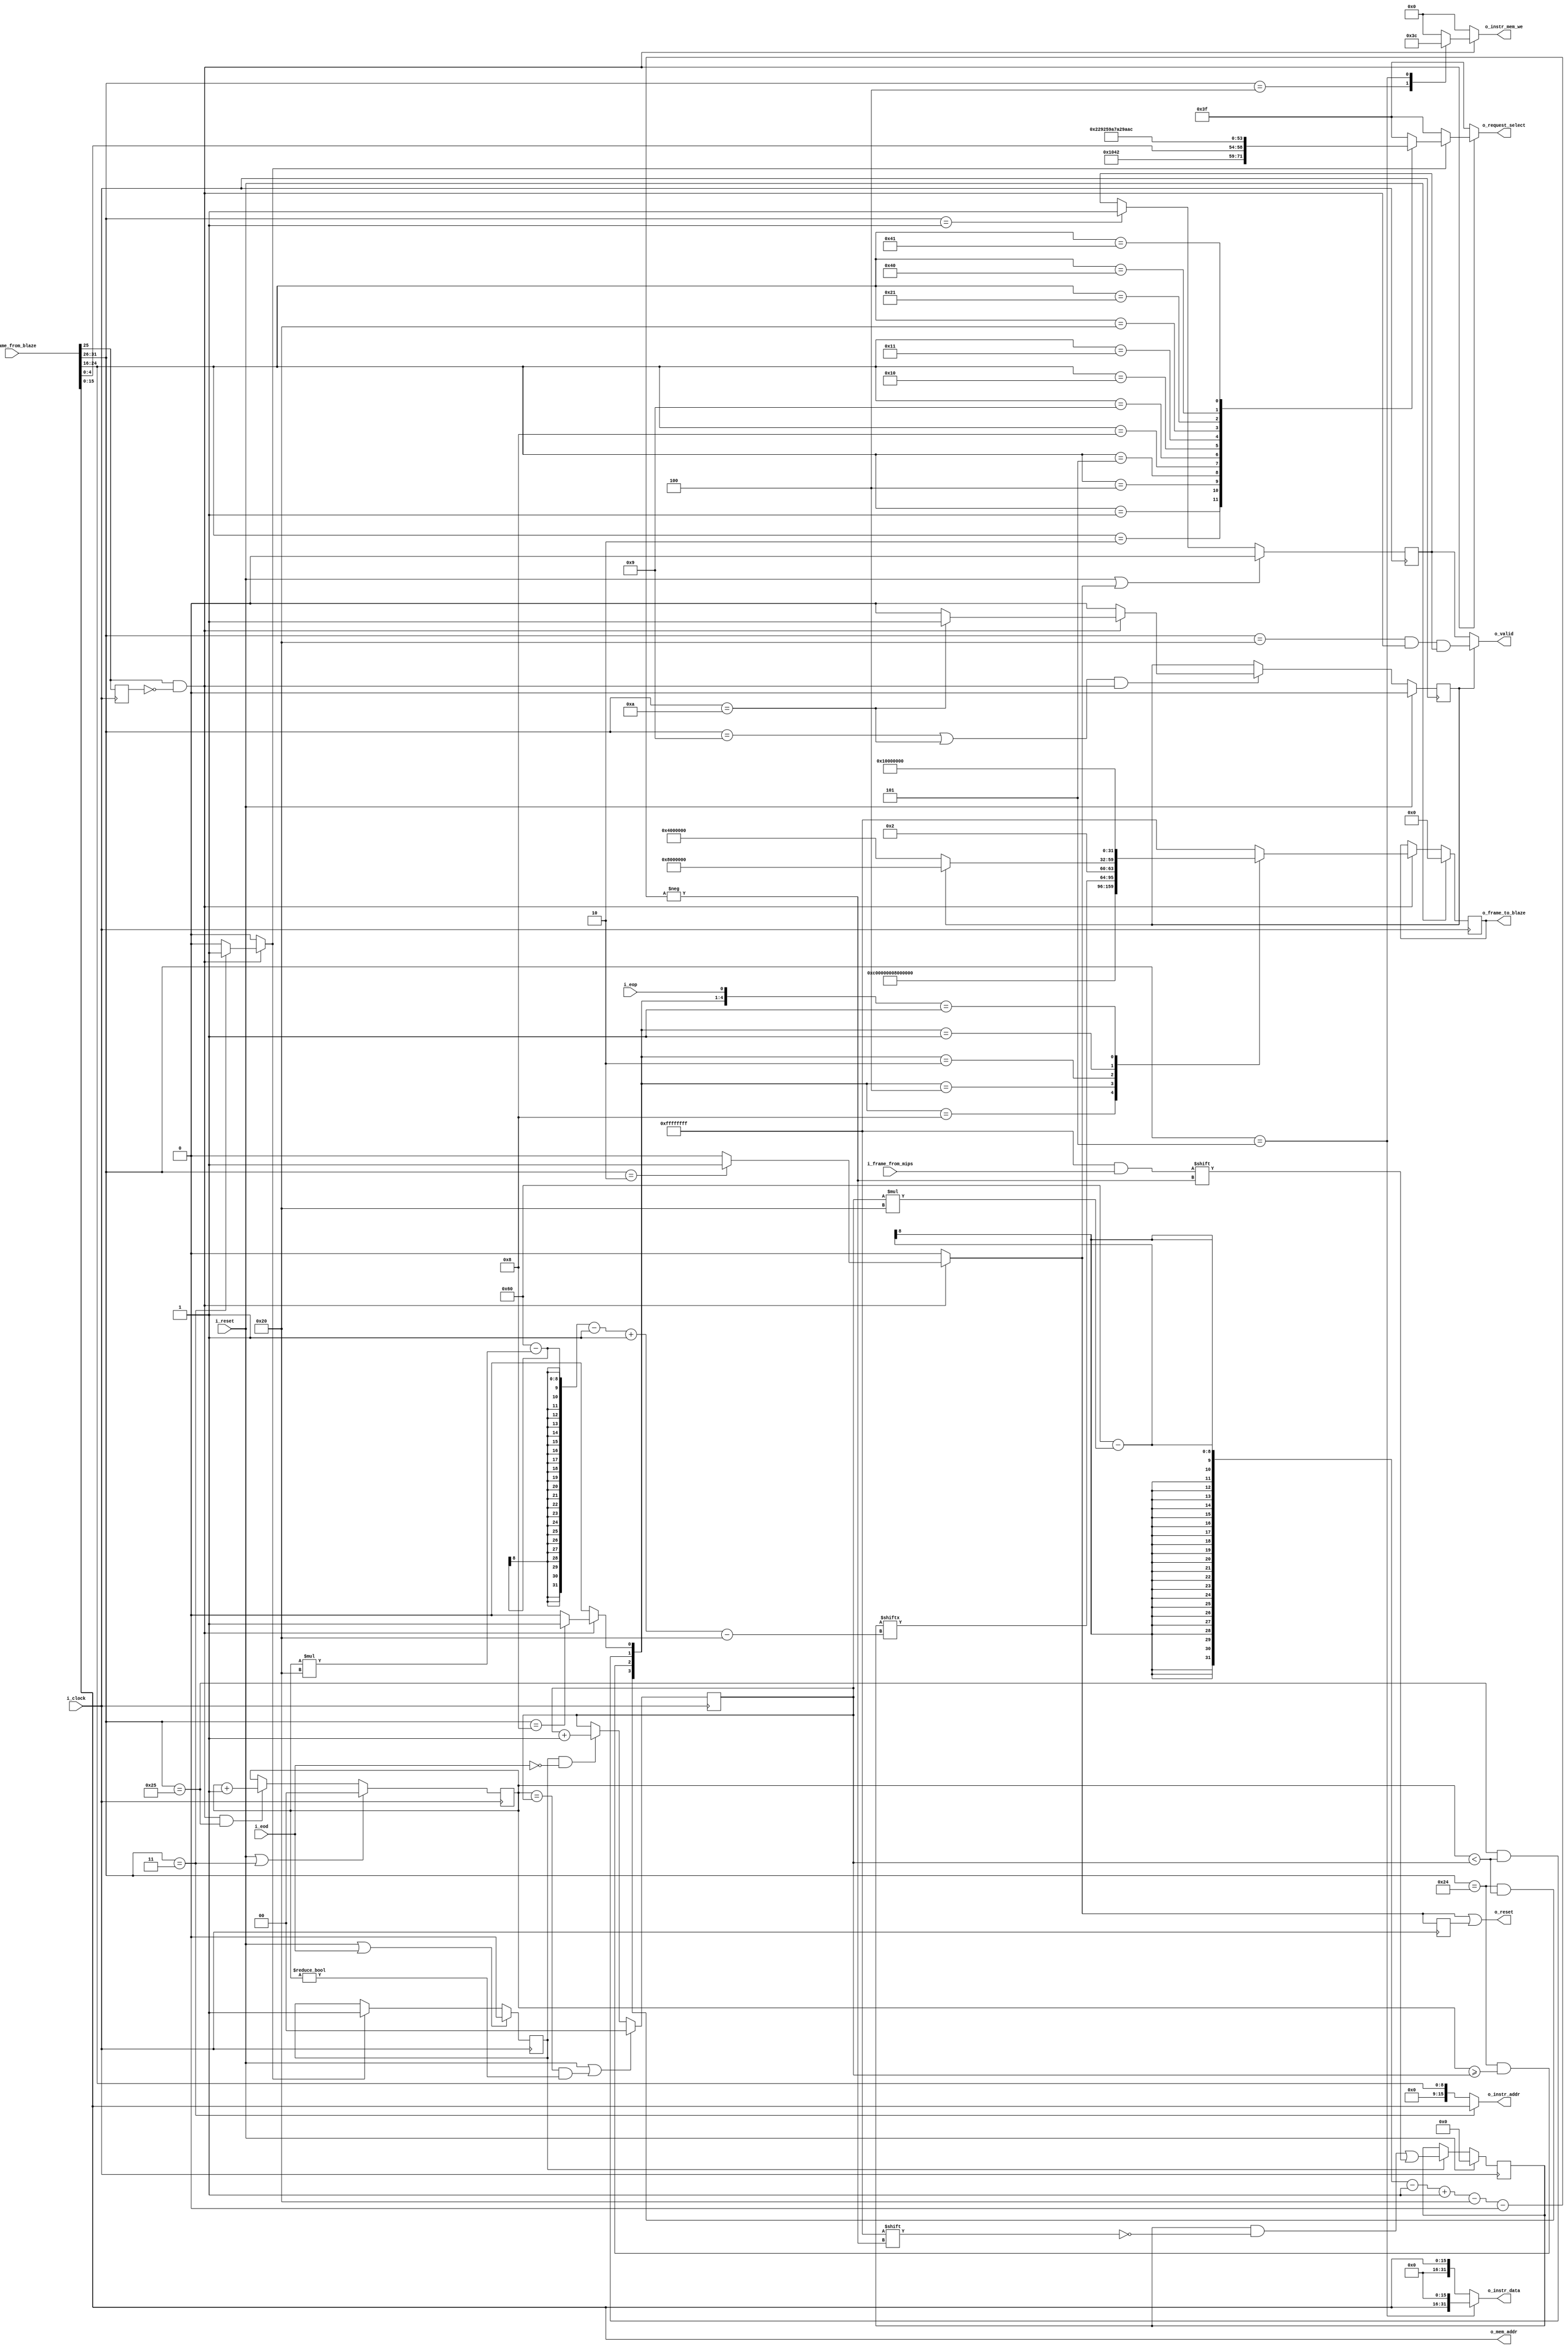
/* Con el request de tiras de latches, viaja una se??al de control a los escritores de cada bloque
Las tiras son de tama??o fijo igual al tama??o de la mayor tira, cuando termina se manda un EoD
 */



module microblaze_mips_interface
  #(
    parameter NB_CONTROL_FRAME = 32,
    parameter NB_REG = 32,
    parameter NB_ADDR_DATA = 16,
    parameter NB_INSTR_ADDR = 9,
    parameter NB_BUFFER = 96
    )
   (
    output reg [NB_CONTROL_FRAME-1:0] o_frame_to_blaze,
    output wire                       o_valid,
    output                            o_reset,
    output wire [NB_REG-1:0]          o_instr_data,
    output wire [NB_ADDR_DATA-1:0]    o_instr_addr,
    output reg [4-1:0]                o_instr_mem_we,
    //output reg                        //o_read_request,
    output wire [NB_ADDR_DATA-1:0]    o_mem_addr,
    output wire [6-1:0]               o_request_select, //Select latch group/reg/PC/

    input wire [NB_CONTROL_FRAME-1:0] i_frame_from_blaze,
    input wire [NB_CONTROL_FRAME-1:0] i_frame_from_mips,
    input wire                        i_eod,
    input wire                        i_eop,

    input wire                        i_clock,
    input wire                        i_reset
    );

   // 32 INSTR CODE 26 | 25 ADDR_TYPE 16 | 15 DATA 0 |
   localparam NB_INSTR_CODE_FIELD    = 6;
   localparam NB_ADDR_TYPE_FIELD     = 10;
   localparam NB_INSTR_ADDRESS_FIELD = 16;

   //INSTRUCTION CODES
   localparam START                  = 6'b0000_01;
   localparam RESET                  = 6'b0000_10;
   localparam LOAD_INSTR_LSB         = 6'b0001_00;
   localparam LOAD_INSTR_MSB         = 6'b0001_01;
   localparam REQ_DATA               = 6'b0000_11;
   localparam MODE_GET               = 6'b0010_00;
   localparam MODE_SET_CONT          = 6'b0010_01;
   localparam MODE_SET_STEP          = 6'b0010_10;
   localparam STEP                   = 6'b1000_00;
   localparam GOT_DATA               = 6'b1001_00;
   localparam GIB_DATA               = 6'b1001_01;

   //INSTRUCTION TYPE
   localparam REQ_MEM_DATA           = 9'b000_0000_01;
   localparam REQ_MEM_INSTR          = 9'b000_0000_10;
   localparam REQ_REG                = 9'b000_0001_00;
   localparam REQ_REG_PC             = 9'b000_0001_01;
   localparam REQ_LATCH_FETCH_DATA   = 9'b000_0010_00;
   localparam REQ_LATCH_FETCH_CTRL   = 9'b000_0010_01;
   localparam REQ_LATCH_DECO_DATA    = 9'b000_0100_00;
   localparam REQ_LATCH_DECO_CTRL    = 9'b000_0100_01;
   localparam REQ_LATCH_EXEC_DATA    = 9'b000_1000_00;
   localparam REQ_LATCH_EXEC_CTRL    = 9'b000_1000_01;
   localparam REQ_LATCH_MEM_DATA     = 9'b001_0000_00;
   localparam REQ_LATCH_MEM_CTRL     = 9'b001_0000_01;

   //FRAMES TO BLAZE
   localparam OK                     = {6'b0000_11,{26{1'b0}}};
   localparam NOK                    = {6'b0000_10,{26{1'b0}}};
   localparam EOP                    = {6'b0001_00,{26{1'b0}}};
   localparam IDLE                   = {32{1'b1}};
   localparam MODE_CONT              = {MODE_SET_CONT,{26{1'b0}}};
   localparam MODE_STEP              = {MODE_SET_STEP,{26{1'b0}}};

   localparam NB_COUNTER             = 2;
   localparam NB_TIMER               = NB_COUNTER;

   wire [NB_INSTR_CODE_FIELD-1:0]      instruction_code;
   wire [NB_ADDR_TYPE_FIELD-1:0]       address_type;
   wire [NB_INSTR_ADDRESS_FIELD-1:0]   instruction_data;

   reg                                 set_mode;
   reg                                 return_mode;
   reg                                 use_type_lut;
   reg                                 run;

   reg                                 execution_mode;
   reg                                 instr_valid_d;

   wire                                pos_instr_valid;

   reg [6-1:0]                         request_select;

   reg                                 enable_data_capture;
   reg                                 set_capture;
   reg                                 reset_reg;
   reg                                 reset;
   reg [NB_COUNTER-1:0]                timer;
   reg [NB_COUNTER-1:0]                buffer_p;
   reg [NB_BUFFER-1:0]                 data_to_blaze;
   reg [NB_CONTROL_FRAME-1:0]          frame_to_blaze;

   wire                                return_ok ;
   wire                                return_nok;
   wire                                return_data;
   //Interface to blaze
   //cuando llega EOD, cambiar request_select a algo que no matchee con ningun ID para no dejar el match de los
   //comparadores con el ID en alto

   assign o_reset = reset | reset_reg;

   always @(posedge i_clock) reset_reg <= reset;

   always @(posedge i_clock) begin
      if (i_reset)
        o_frame_to_blaze <= {NB_CONTROL_FRAME{1'b0}};
      else if (pos_instr_valid)
        o_frame_to_blaze <= frame_to_blaze;
   end

   always @(*)
     begin
        casez ({return_ok, return_nok, return_data, return_mode, i_eop})
          5'b1000?: frame_to_blaze = OK;
          5'b0100?: frame_to_blaze = NOK;
          5'b0010?: frame_to_blaze = data_to_blaze[NB_BUFFER-(buffer_p*NB_CONTROL_FRAME)-1-:NB_CONTROL_FRAME];
          5'b0001?: frame_to_blaze = (execution_mode) ? MODE_STEP : MODE_CONT;
          5'b00001: frame_to_blaze = EOP;
          default: frame_to_blaze = IDLE;
        endcase // case ({return_ok, return_nok, return_data, return_mode, i_eop})
     end

   assign return_ok = (instruction_code==GOT_DATA & buffer_p<timer);
   assign return_nok = (instruction_code==GOT_DATA & buffer_p>=timer);
   assign return_data = (instruction_code==GIB_DATA & buffer_p<timer);

   always @(posedge i_clock) begin
      if (i_reset | (buffer_p==timer & buffer_p!=0))
        timer <= {NB_TIMER{1'b0}};
      else if (enable_data_capture & ~i_eod)
        timer <= timer + 1'b1;
   end

   always @(posedge i_clock) begin
      if (i_reset | (instruction_code==REQ_DATA))
        buffer_p <= {NB_COUNTER{1'b0}};
      else if (pos_instr_valid & instruction_code==GIB_DATA)
        buffer_p <= buffer_p + 1'b1;
   end

   always @(posedge i_clock) begin
      if (i_reset | i_eod)
        enable_data_capture <= 1'b0;
      else if (set_capture)
        enable_data_capture <= 1'b1;
   end

   always @(posedge i_clock) begin
     if (i_reset)
        data_to_blaze <= {NB_BUFFER{1'b0}};
     else if (enable_data_capture)
       data_to_blaze[NB_BUFFER-(timer*NB_REG)-1-:NB_REG] <= i_frame_from_mips;
  end

   //Interface to mips
   assign o_instr_data = (instruction_code == LOAD_INSTR_MSB) ? {instruction_data,{NB_ADDR_DATA{1'b0}}} : {{NB_ADDR_DATA{1'b0}},instruction_data};
   assign o_instr_addr = (instruction_code == REQ_DATA) ? instruction_data : {{(NB_ADDR_DATA-NB_INSTR_ADDR){1'b0}}, address_type[NB_INSTR_ADDR-1:0]};
   assign o_mem_addr = instruction_data;
   assign o_request_select = request_select;

   assign {instruction_code, address_type, instruction_data} = i_frame_from_blaze;

   //address_type[9] use as instruction valid in microblaze
   always @(posedge i_clock) instr_valid_d <= address_type[9];

   assign pos_instr_valid = address_type[9] & ~instr_valid_d;

   always @(posedge i_clock)
     begin
        if (i_reset)
          execution_mode <= 1'b0;
        else if (((instruction_code == MODE_SET_CONT) || (instruction_code == MODE_SET_STEP)) & pos_instr_valid)
          execution_mode <= set_mode;
     end

   always @(posedge i_clock)
     begin
        if (i_reset | reset)
          run <= 1'b0;
        else if (instruction_code == START)
          run <= 1'b1;
     end

   assign o_valid = (execution_mode) ? instruction_code == STEP & pos_instr_valid & run : run;

   always @(*)
     begin
        reset = 1'b0;
        o_instr_mem_we = 4'b0000;
        //o_read_request = 1'b0;
        use_type_lut = 1'b0;
        return_mode = 1'b0;
        set_capture = 1'b0;
        set_mode = 1'b0;
        if (pos_instr_valid) begin
           casez (instruction_code)
             START: begin
                reset = 1'b0;
                o_instr_mem_we = 4'b0000;
                //o_read_request = 1'b0;
                use_type_lut = 1'b0;
                return_mode = 1'b0;
             end
             RESET: begin
                reset = 1'b1;
                o_instr_mem_we = 4'b0000;
                //o_read_request = 1'b0;
                use_type_lut = 1'b0;
                return_mode = 1'b0;
             end
             LOAD_INSTR_LSB: begin
                reset = 1'b0;
                o_instr_mem_we = 4'b0011;
                //o_read_request = 1'b0;
                use_type_lut = 1'b0;
                return_mode = 1'b0;
             end
             LOAD_INSTR_MSB: begin
                reset = 1'b0;
                o_instr_mem_we = 4'b1100;
                //o_read_request = 1'b0;
                use_type_lut = 1'b0;
                return_mode = 1'b0;
             end
             REQ_DATA: begin
                reset = 1'b0;
                o_instr_mem_we = 4'b0000;
                //o_read_request = 1'b1;
                use_type_lut = 1'b1;
                return_mode = 1'b0;
                set_capture = 1'b1;
             end
             MODE_GET: begin
                reset = 1'b0;
                o_instr_mem_we = 4'b0000;
                //o_read_request = 1'b0;
                use_type_lut = 1'b0;
                return_mode = 1'b1;
             end
             MODE_SET_CONT: begin
                set_mode = 1'b0;

                reset = 1'b0;
                o_instr_mem_we = 4'b0000;
                //o_read_request = 1'b0;
                use_type_lut = 1'b0;
                return_mode = 1'b0;
             end
             MODE_SET_STEP: begin
                set_mode = 1'b1;

                reset = 1'b0;
                o_instr_mem_we = 4'b0000;
                //o_read_request = 1'b0;
                use_type_lut = 1'b0;
                return_mode = 1'b0;
             end
             STEP: begin
                reset = 1'b0;
                o_instr_mem_we = 4'b0000;
                //o_read_request = 1'b0;
                use_type_lut = 1'b0;
                return_mode = 1'b0;
             end
             default: begin
                reset = 1'b0;
                o_instr_mem_we = 4'b0000;
                //o_read_request = 1'b0;
                use_type_lut = 1'b0;
                return_mode = 1'b0;
                set_capture = 1'b0;
             end
           endcase // casez (instruction_code)
        end
     end // always @ (*)

   //For requesting data
   always @(*)
     begin
        if (pos_instr_valid) begin
           if (use_type_lut)
             casez (address_type[NB_INSTR_ADDR-1:0])
               REQ_MEM_DATA: request_select = 6'b1000_00 ;
               REQ_MEM_INSTR: request_select = 6'b1000_01 ;
               REQ_REG: request_select = {1'b0,instruction_data[5-1:0]}; //Last 5 bits in instruction data have the request REG
               REQ_REG_PC: request_select = 6'b1000_10 ;
               REQ_LATCH_FETCH_DATA: request_select = 6'b1001_00 ;
               REQ_LATCH_FETCH_CTRL: request_select = 6'b1001_01 ;
               REQ_LATCH_DECO_DATA: request_select = 6'b1001_10 ;
               REQ_LATCH_DECO_CTRL: request_select = 6'b1001_11 ;
               REQ_LATCH_EXEC_DATA: request_select = 6'b1010_00 ;
               REQ_LATCH_EXEC_CTRL: request_select = 6'b1010_01 ;
               REQ_LATCH_MEM_DATA: request_select = 6'b1010_10 ;
               REQ_LATCH_MEM_CTRL: request_select = 6'b1010_11 ;
               default: request_select = 6'b1111_11;
             endcase // casez (address_type)
           else
               request_select = 6'b1111_11;
        end // if (pos_instr_valid)
        else
          request_select = 6'b1111_11;
     end
endmodule